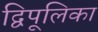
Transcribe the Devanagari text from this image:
द्विपूलिका